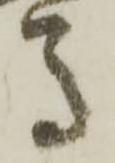
馬